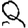
Digit: 8